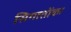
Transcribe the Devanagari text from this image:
सिगातोंका